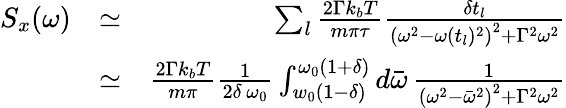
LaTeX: \begin{array}{rlr}{S_{x}(\omega)}&{\simeq}&{\sum_{l}\frac{2\Gamma k_{b}T}{m\pi\tau}\frac{\delta t_{l}}{\left(\omega^{2}-\omega(t_{l})^{2}\right)^{2}+\Gamma^{2}\omega^{2}}}\\ &{\simeq}&{\frac{2\Gamma k_{b}T}{m\pi}\frac{1}{2\delta\, \omega_{0}}\int_{w_{0}(1-\delta)}^{\omega_{0}(1+\delta)}d\bar{\omega}\, \frac{1}{\left(\omega^{2}-\bar{\omega}^{2}\right)^{2}+\Gamma^{2}\omega^{2}}}\end{array}